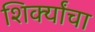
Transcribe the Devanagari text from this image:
शिर्क्यांचा